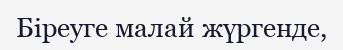
Біреуге малай жүргенде,